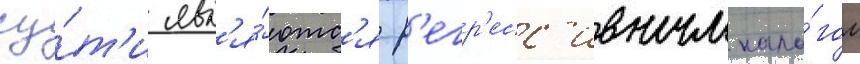
су́т'и явл'я́ютс'я р'егр'есс'ивным нало́гом